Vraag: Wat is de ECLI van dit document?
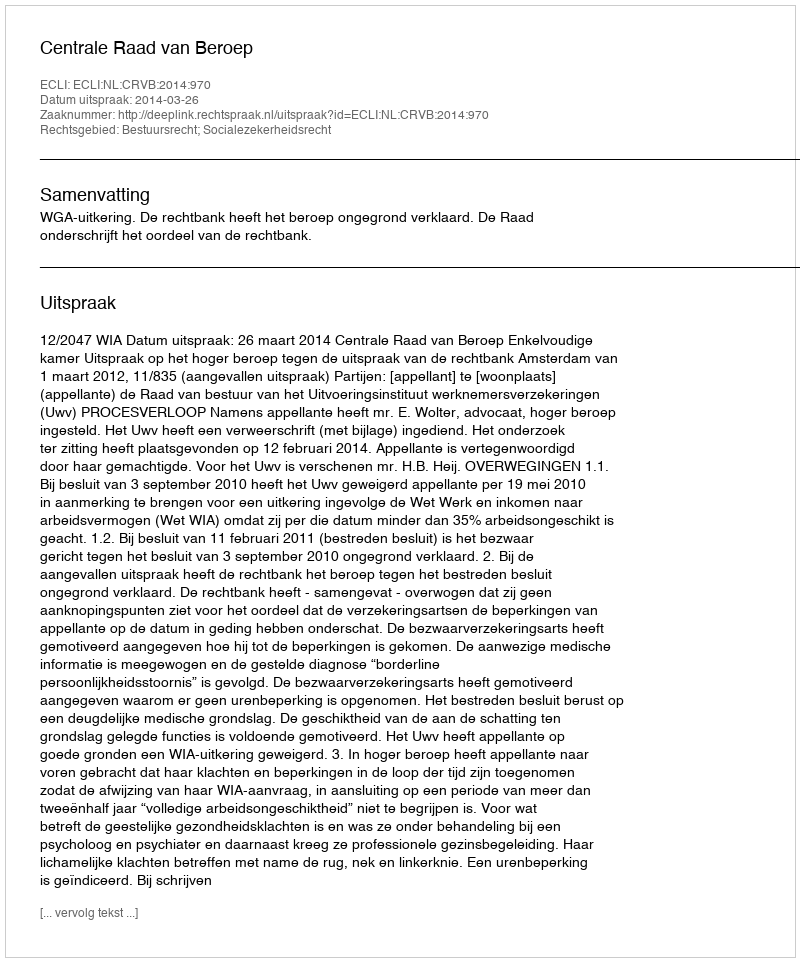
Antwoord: ECLI:NL:CRVB:2014:970